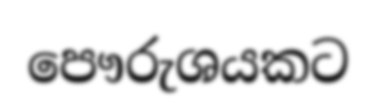
පෞරුශයකට